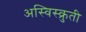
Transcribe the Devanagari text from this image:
अस्विस्क्रुती